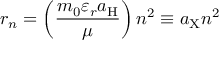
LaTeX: r _ { n } = \left( { \frac { m _ { 0 } \varepsilon _ { r } a _ { \mathrm { H } } } { \mu } } \right) n ^ { 2 } \equiv a _ { \mathrm { X } } n ^ { 2 }